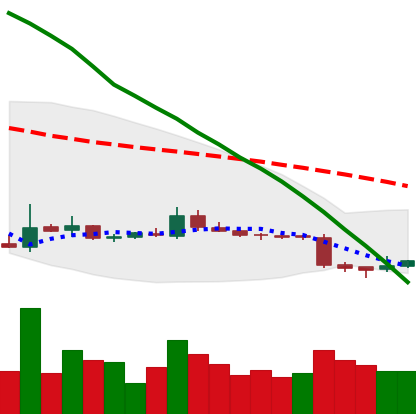
Ticker: ETC-USD
Chart end date: 2018-11-02
Forward return: 5.4375%
Label: up_5_7